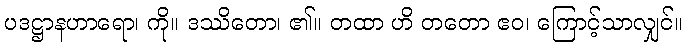
ပဒဋ္ဌာနဟာရော၊ ကို။ ဒဿိတော၊ ၏။ တထာ ဟိ တတော ဧဝ၊ ကြောင့်သာလျှင်။